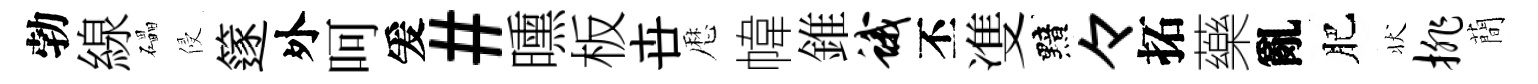
勃線礧侵篴外呵爰#曛板卋厯幃錐蛾丕㕠黯々拓藥亂肥状排蕳